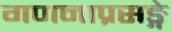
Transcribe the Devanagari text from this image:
गणनाप्रसङ्गे